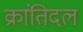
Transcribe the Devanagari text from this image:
क्रांतिदल